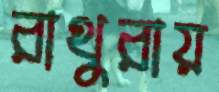
রাথুরায়